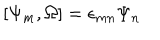
LaTeX: [ \Psi _ { m } , \Omega ] = \epsilon _ { m n } \Psi _ { n }